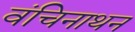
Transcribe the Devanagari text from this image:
वंचिनाथन